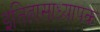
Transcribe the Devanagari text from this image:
इतिहासाध्यापक